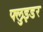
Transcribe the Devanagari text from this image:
फ्लुइडर